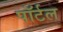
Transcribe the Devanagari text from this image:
पॉर्टल